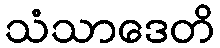
သံသာဒေတိ